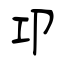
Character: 卭